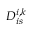
D _ { i s } ^ { i , k }